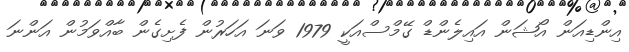
އިންޑިއަން އޯޝަން އައިލެންޑް ގޭމްސްއަކީ 1979 ވަނަ އަހަރުން ފެށިގެން ބާއްވަމުން އަންނަ